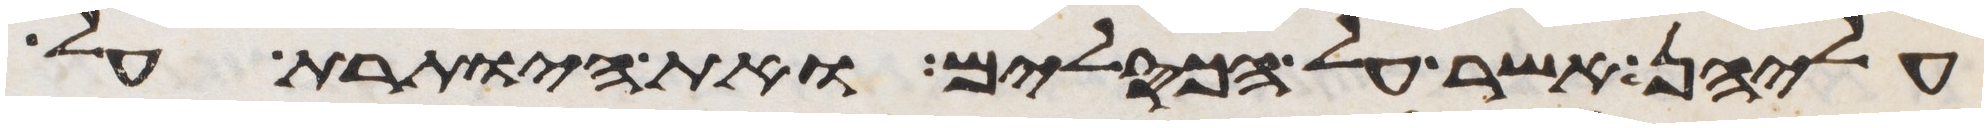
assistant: עליהן אשר על הכסלים ואת היותרת על